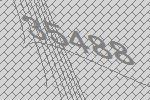
35488